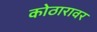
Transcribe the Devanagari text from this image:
कोठारावर